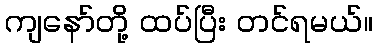
ကျနော်တို့ ထပ်ပြီး တင်ရမယ်။